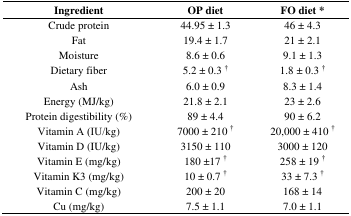
<table><thead><tr><td><b>Ingredient</b></td><td><b>OP diet</b></td><td><b>FO diet *</b></td></tr></thead><tbody><tr><td>Crude protein</td><td>44.95 ± 1.3</td><td>46 ± 4.3</td></tr><tr><td>Fat</td><td>19.4 ± 1.7</td><td>21 ± 2.1</td></tr><tr><td>Moisture</td><td>8.6 ± 0.6</td><td>9.1 ± 1.3</td></tr><tr><td>Dietary fiber</td><td>5.2 ± 0.3 <sup>†</sup></td><td>1.8 ± 0.3 <sup>†</sup></td></tr><tr><td>Ash</td><td>6.0 ± 0.9</td><td>8.3 ± 1.4</td></tr><tr><td>Energy (MJ/kg)</td><td>21.8 ± 2.1 </td><td>23 ± 2.6 </td></tr><tr><td>Protein digestibility (%)</td><td>89 ± 4.4 </td><td>90 ± 6.2</td></tr><tr><td>Vitamin Α (IU/kg)</td><td>7000 ± 210 <sup>†</sup></td><td>20,000 ± 410 <sup>†</sup></td></tr><tr><td>Vitamin D (IU/kg)</td><td>3150 ± 110</td><td>3000 ± 120</td></tr><tr><td>Vitamin E (mg/kg)</td><td>180 ±17 <sup>†</sup></td><td>258 ± 19 <sup>†</sup></td></tr><tr><td>Vitamin K3 (mg/kg)</td><td>10 ± 0.7 <sup>†</sup></td><td>33 ± 7.3 <sup>†</sup></td></tr><tr><td>Vitamin C (mg/kg)</td><td>200 ± 20</td><td>168 ± 14</td></tr><tr><td>Cu (mg/kg)</td><td>7.5 ± 1.1</td><td>7.0 ± 1.1</td></tr></tbody></table>